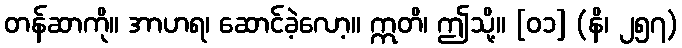
တန်ဆာကို။ အာဟရ၊ ဆောင်ခဲ့လော့။ ဣတိ၊ ဤသို့။ [၀၁] (နိ၊ ၂၅၇)